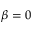
\beta = 0